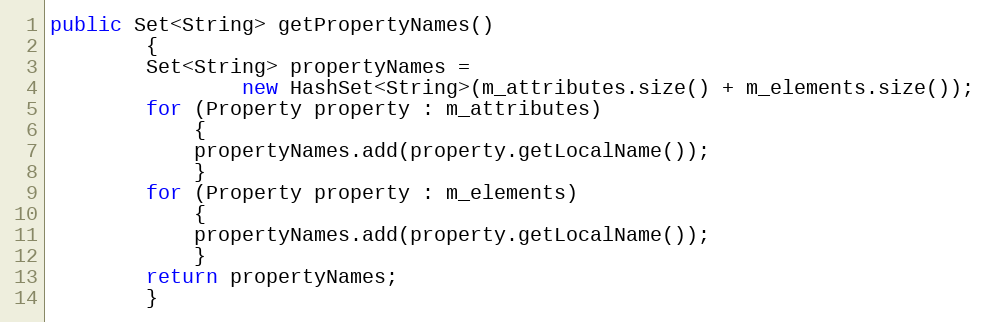
Language: Java
public Set<String> getPropertyNames()
        {
        Set<String> propertyNames =
                new HashSet<String>(m_attributes.size() + m_elements.size());
        for (Property property : m_attributes)
            {
            propertyNames.add(property.getLocalName());
            }
        for (Property property : m_elements)
            {
            propertyNames.add(property.getLocalName());
            }
        return propertyNames;
        }